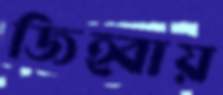
জিহ্বায়